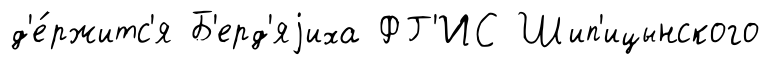
д'е́ржитс'я Б'ерд'яjиха ФГ'ИС Шип'ицынского